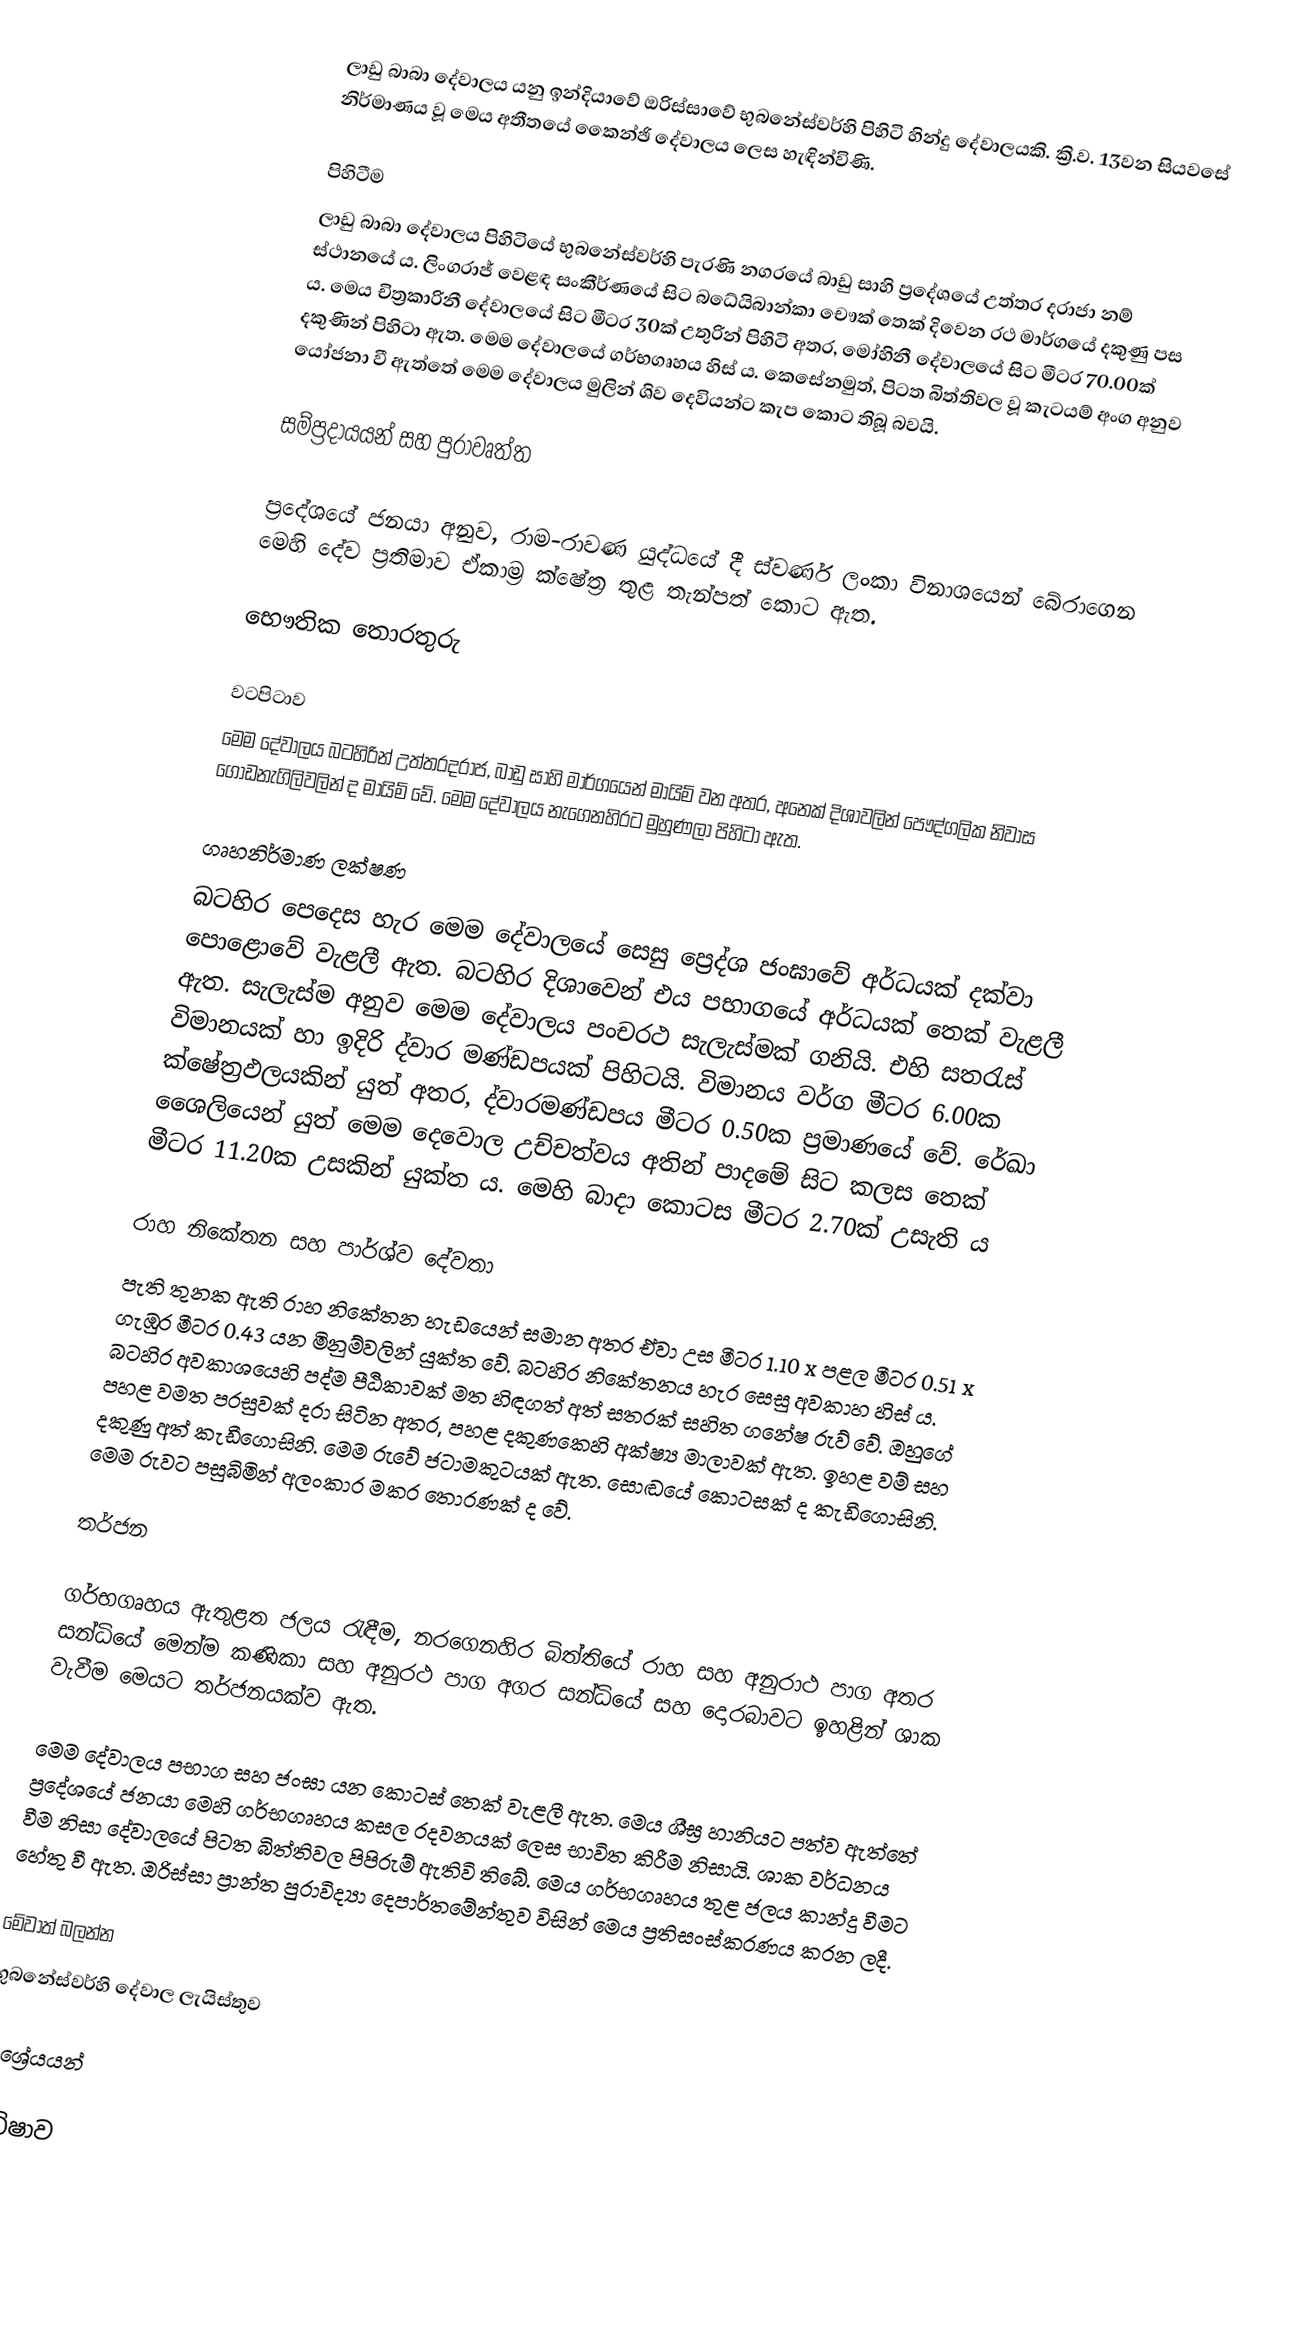
ලාඩු බාබා දේවාලය යනු ඉන්දියාවේ ඔරිස්සාවේ භුබනේස්වර්හි පිහිටි හින්දු දේවාලයකි. ක්‍රි.ව. 13වන සියවසේ නිර්මාණය වූ මෙය අතීතයේ කෛන්ඡි දේවාලය ලෙස හැඳින්විණි.

පිහිටීම
ලාඩු බාබා දේවාලය පිහිටියේ භුබනේස්වර්හි පැරණි නගරයේ බාඩු සාහි ප්‍රදේශයේ උත්තර දරාජා නම් ස්ථානයේ ය. ලිංගරාජ් වෙළඳ සංකීර්ණයේ සිට බධේයිබාන්කා චෞක් තෙක් දිවෙන රථ මාර්ගයේ දකුණු පස ය. මෙය චිත්‍රකාරිනී දේවාලයේ සිට මීටර 30ක් උතුරින් පිහිටි අතර, මෝහිනී දේවාලයේ සිට මීටර 70.00ක් දකුණින් පිහිටා ඇත. මෙම දේවාලයේ ගර්භගෘහය හිස් ය. කෙසේනමුත්, පිටත බිත්තිවල වූ කැටයම් අංග අනුව යෝජනා වී ඇත්තේ මෙම දේවාලය මුලින් ශිව දෙවියන්ට කැප කොට තිබූ බවයි.

සම්ප්‍රදායයන් සහ පුරාවෘත්ත

ප්‍රදේශයේ ජනයා අනුව, රාම-රාවණ යුද්ධයේ දී ස්වර්ණ ලංකා විනාශයෙන් බේරාගෙන මෙහි දේව ප්‍රතිමාව ඒකාම්‍ර ක්ෂේත්‍ර තුළ තැන්පත් කොට ඇත.

භෞතික තොරතුරු

වටපිටාව
මෙම දේවාලය බටහිරින් උත්තරදරාජ, බාඩු සාහි මාර්ගයෙන් මායිම් වන අතර, අනෙක් දිශාවලින් පෞද්ගලික නිවාස ගොඩනැගිලිවලින් ද මායිම් වේ. මෙම දේවාලය නැගෙනහිරට මුහුණලා පිහිටා ඇත.

ගෘහනිර්මාණ ලක්ෂණ
බටහිර පෙදෙස හැර මෙම දේවාලයේ සෙසු ප්‍රෙද්ශ ජංඝාවේ අර්ධයක් දක්වා පොළොවේ වැළලී ඇත. බටහිර දිශාවෙන් එය පභාගයේ අර්ධයක් තෙක් වැළලී ඇත. සැලැස්ම අනුව මෙම දේවාලය පංචරථ සැලැස්මක් ගනියි. එහි සතරැස් විමානයක් හා ඉදිරි ද්වාර මණ්ඩපයක් පිහිටයි. විමානය වර්ග මීටර 6.00ක ක්ෂේත්‍රඵලයකින් යුත් අතර, ද්වාරමණ්ඩපය මීටර 0.50ක ප්‍රමාණයේ වේ. රේඛා ශෛලියෙන් යුත් මෙම දෙවොල උච්චත්වය අතින් පාදමේ සිට කලස තෙක්  මීටර 11.20ක උසකින් යුක්ත ය. මෙහි බාදා කොටස මීටර 2.70ක් උසැති ය

රාහ නිකේතන සහ පාර්ශ්ව දේවතා
පැති තුනක ඇති රාහ නිකේතන හැඩයෙන් සමාන අතර ඒවා උස මීටර 1.10 x පළල මීටර 0.51 x ගැඹුර මීටර 0.43 යන මිනුම්වලින් යුක්ත වේ. බටහිර නිකේතනය හැර සෙසු අවකාහ හිස් ය. බටහිර අවකාශයෙහි පද්ම පීඨිකාවක් මත හිඳගත් අත් සතරක් සහිත ගනේෂ රුව් වේ. ඔහුගේ පහළ වමත පරසුවක් දරා සිටින අතර, පහළ දකුණකෙහි අක්ෂ්‍ය මාලාවක් ඇත. ඉහළ වම් සහ දකුණු අත් කැඩීගොසිනි. මෙම රුවේ ජටාමකුටයක් ඇත. සොඬයේ කොටසක් ද කැඩීගොසිනි. මෙම රුවට පසුබිමින් අලංකාර මකර තොරණක් ද වේ.

තර්ජන

ගර්භගෘහය ඇතුළත ජලය රැඳීම, නරගෙනහිර බිත්තියේ රාහ සහ අනුරාථ පාග අතර සන්ධියේ මෙන්ම කණිකා සහ අනුරථ පාග අගර සන්ධියේ සහ දොරබාවට ඉහළින් ශාක වැවීම මෙයට තර්ජනයක්ව ඇත.

මෙම දේවාලය පභාග සහ ජංඝා යන කොටස් තෙක් වැළලී ඇත. මෙය ශීඝ්‍ර හානියට පත්ව ඇත්තේ ප්‍රදේශයේ ජනයා මෙහි ගර්භගෘහය කසල රදවනයක් ලෙස භාවිත කිරීම නිසායි. ශාක වර්ධනය වීම නිසා දේවාලයේ පිටත බිත්තිවල පිපිරුම් ඇතිවි තිබේ. මෙය ගර්භගෘහය තුළ ජලය කාන්දු වීමට හේතු වී ඇත. ඔරිස්සා ප්‍රාන්ත පුරාවිද්‍යා දෙපාර්තමේන්තුව විසින් මෙය ප්‍රතිසංස්කරණය කරන ලදී.

මේවාත් බලන්න
 භුබනේස්වර්හි දේවාල ලැයිස්තුව

ආශ්‍රේයයන්

ඔඩිෂාව